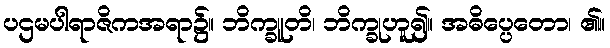
ပဌမပါရာဇိကအရာ၌။ ဘိက္ခူတိ၊ ဘိက္ခုဟူ၍။ အဓိပ္ပေတော၊ ၏။